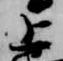
上